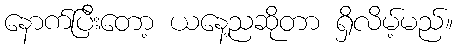
နောက်ပြီးတော့ ယနေ့ညဆိုတာ ရှိလိမ့်မည်။